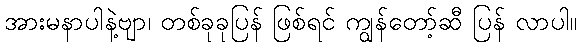
အားမနာပါနဲ့ဗျာ၊ တစ်ခုခုပြန် ဖြစ်ရင် ကျွန်တော့်ဆီ ပြန် လာပါ။